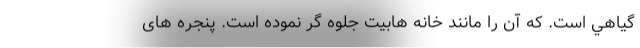
گياهي است. که آن را مانند خانه هابيت جلوه گر نموده است. پنجره های